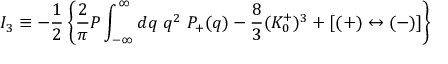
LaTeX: I _ { 3 } \equiv - { \frac { 1 } { 2 } } \left\{ { \frac { 2 } { \pi } } { \cal P } \int _ { - \infty } ^ { \infty } d q \ q ^ { 2 } \ P _ { + } ( q ) - { \frac { 8 } { 3 } } ( K _ { 0 } ^ { + } ) ^ { 3 } + [ ( + ) \leftrightarrow ( - ) ] \right\}